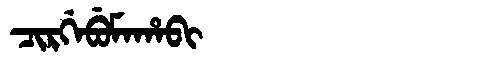
Manchu: ᠴᡳᡵᡤᡝᠪᡠᠮᠠᡥᠠᠪᡳ
Romanization: CIRGEBUMAHABI